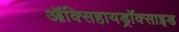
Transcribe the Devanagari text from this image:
ऑक्सिहायड्रॉक्साइड